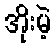
အိုးမဲ့